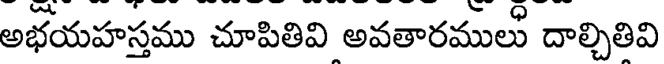
అభయహస్తము చూపితివి అవతారములు దాల్చితివి